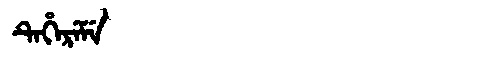
Manchu: ᡨᡝᡥᡝᡵᡝᠮᡝ
Romanization: TEHEREME